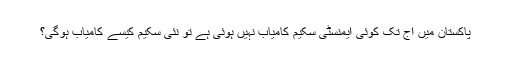
پاکستان میں آج تک کوئی ایمنسٹی سکیم کامیاب نہیں ہوئی ہے تو نئی سکیم کیسے کامیاب ہوگی؟